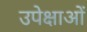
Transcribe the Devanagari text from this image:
उपेक्षाअों